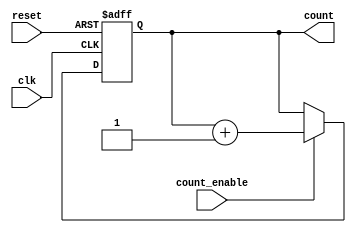
module async_counter (
    input wire clk,            // Clock input
    input wire reset,          // Asynchronous reset input
    input wire count_enable,   // Count enable input
    output reg [N-1:0] count   // Output count value
);
    parameter N = 4; // Number of bits in the counter (adjust as needed)

    always @(posedge clk or posedge reset) begin
        if (reset) begin
            count <= 0; // Reset count to 0
        end else if (count_enable) begin
            count <= count + 1; // Increment count
        end
    end
endmodule